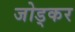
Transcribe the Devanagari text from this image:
जोड्कर